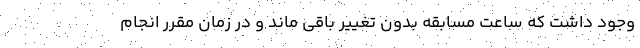
وجود داشت که ساعت مسابقه بدون تغییر باقی ماند و در زمان مقرر انجام